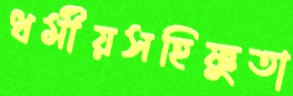
ধর্মীয়সহিষ্ণুতা